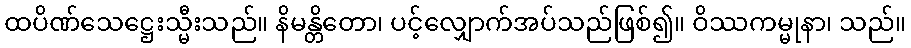
ထပိဏ်သေဋ္ဌေးသ္မီးသည်။ နိမန္တိတော၊ ပင့်လျှောက်အပ်သည်ဖြစ်၍။ ဝိဿကမ္မုနာ၊ သည်။